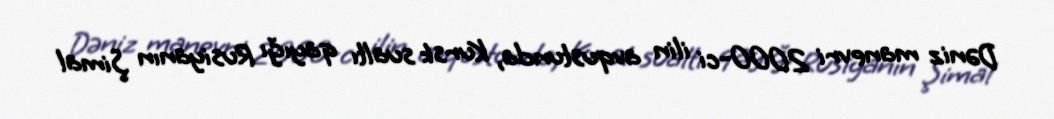
Dəniz manevri 2000-ci ilin avqustunda, Kursk sualtı qayığı Rusiyanın Şimal